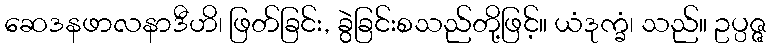
ဆေဒနဖာလနာဒီဟိ၊ ဖြတ်ခြင်း, ခွဲခြင်းစသည်တို့ဖြင့်။ ယံဒုက္ခံ၊ သည်။ ဥပ္ပဇ္ဇ